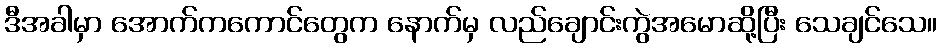
ဒီအခါမှာ အောက်ကကောင်တွေက နောက်မှ လည်ချောင်းကွဲအမောဆို့ပြီး သေချင်သေ။